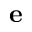
\mathbf e